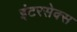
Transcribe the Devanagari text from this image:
इंटरसेक्स